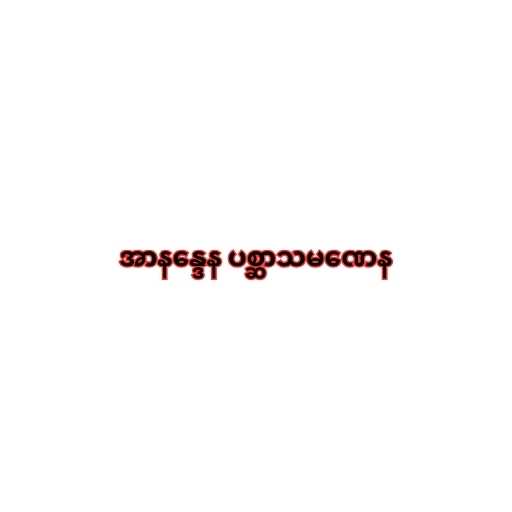
အာနန္ဒေန ပစ္ဆာသမဏေန